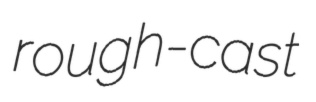
rough-cast